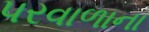
પરવાળાના